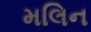
મલિન